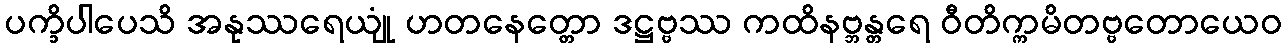
ပက္ခိပါပေသိ အနုဿရေယျုံ ဟတနေတ္တော ဒဋ္ဌဗ္ဗဿ ကထိနဗ္ဘန္တရေ ဝီတိက္ကမိတဗ္ဗတောယေဝ